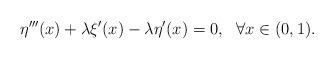
LaTeX: \begin{align*}\eta^{\prime \prime \prime }(x) + \lambda \xi^\prime (x) - \lambda \eta^\prime(x)=0, \ \ \forall x \in (0,1).\end{align*}